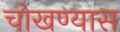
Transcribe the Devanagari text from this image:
चोखण्यास